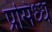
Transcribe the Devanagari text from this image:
प्रसिध्‍ध